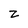
Character: z